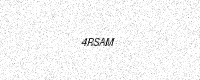
Text: 4RSAM